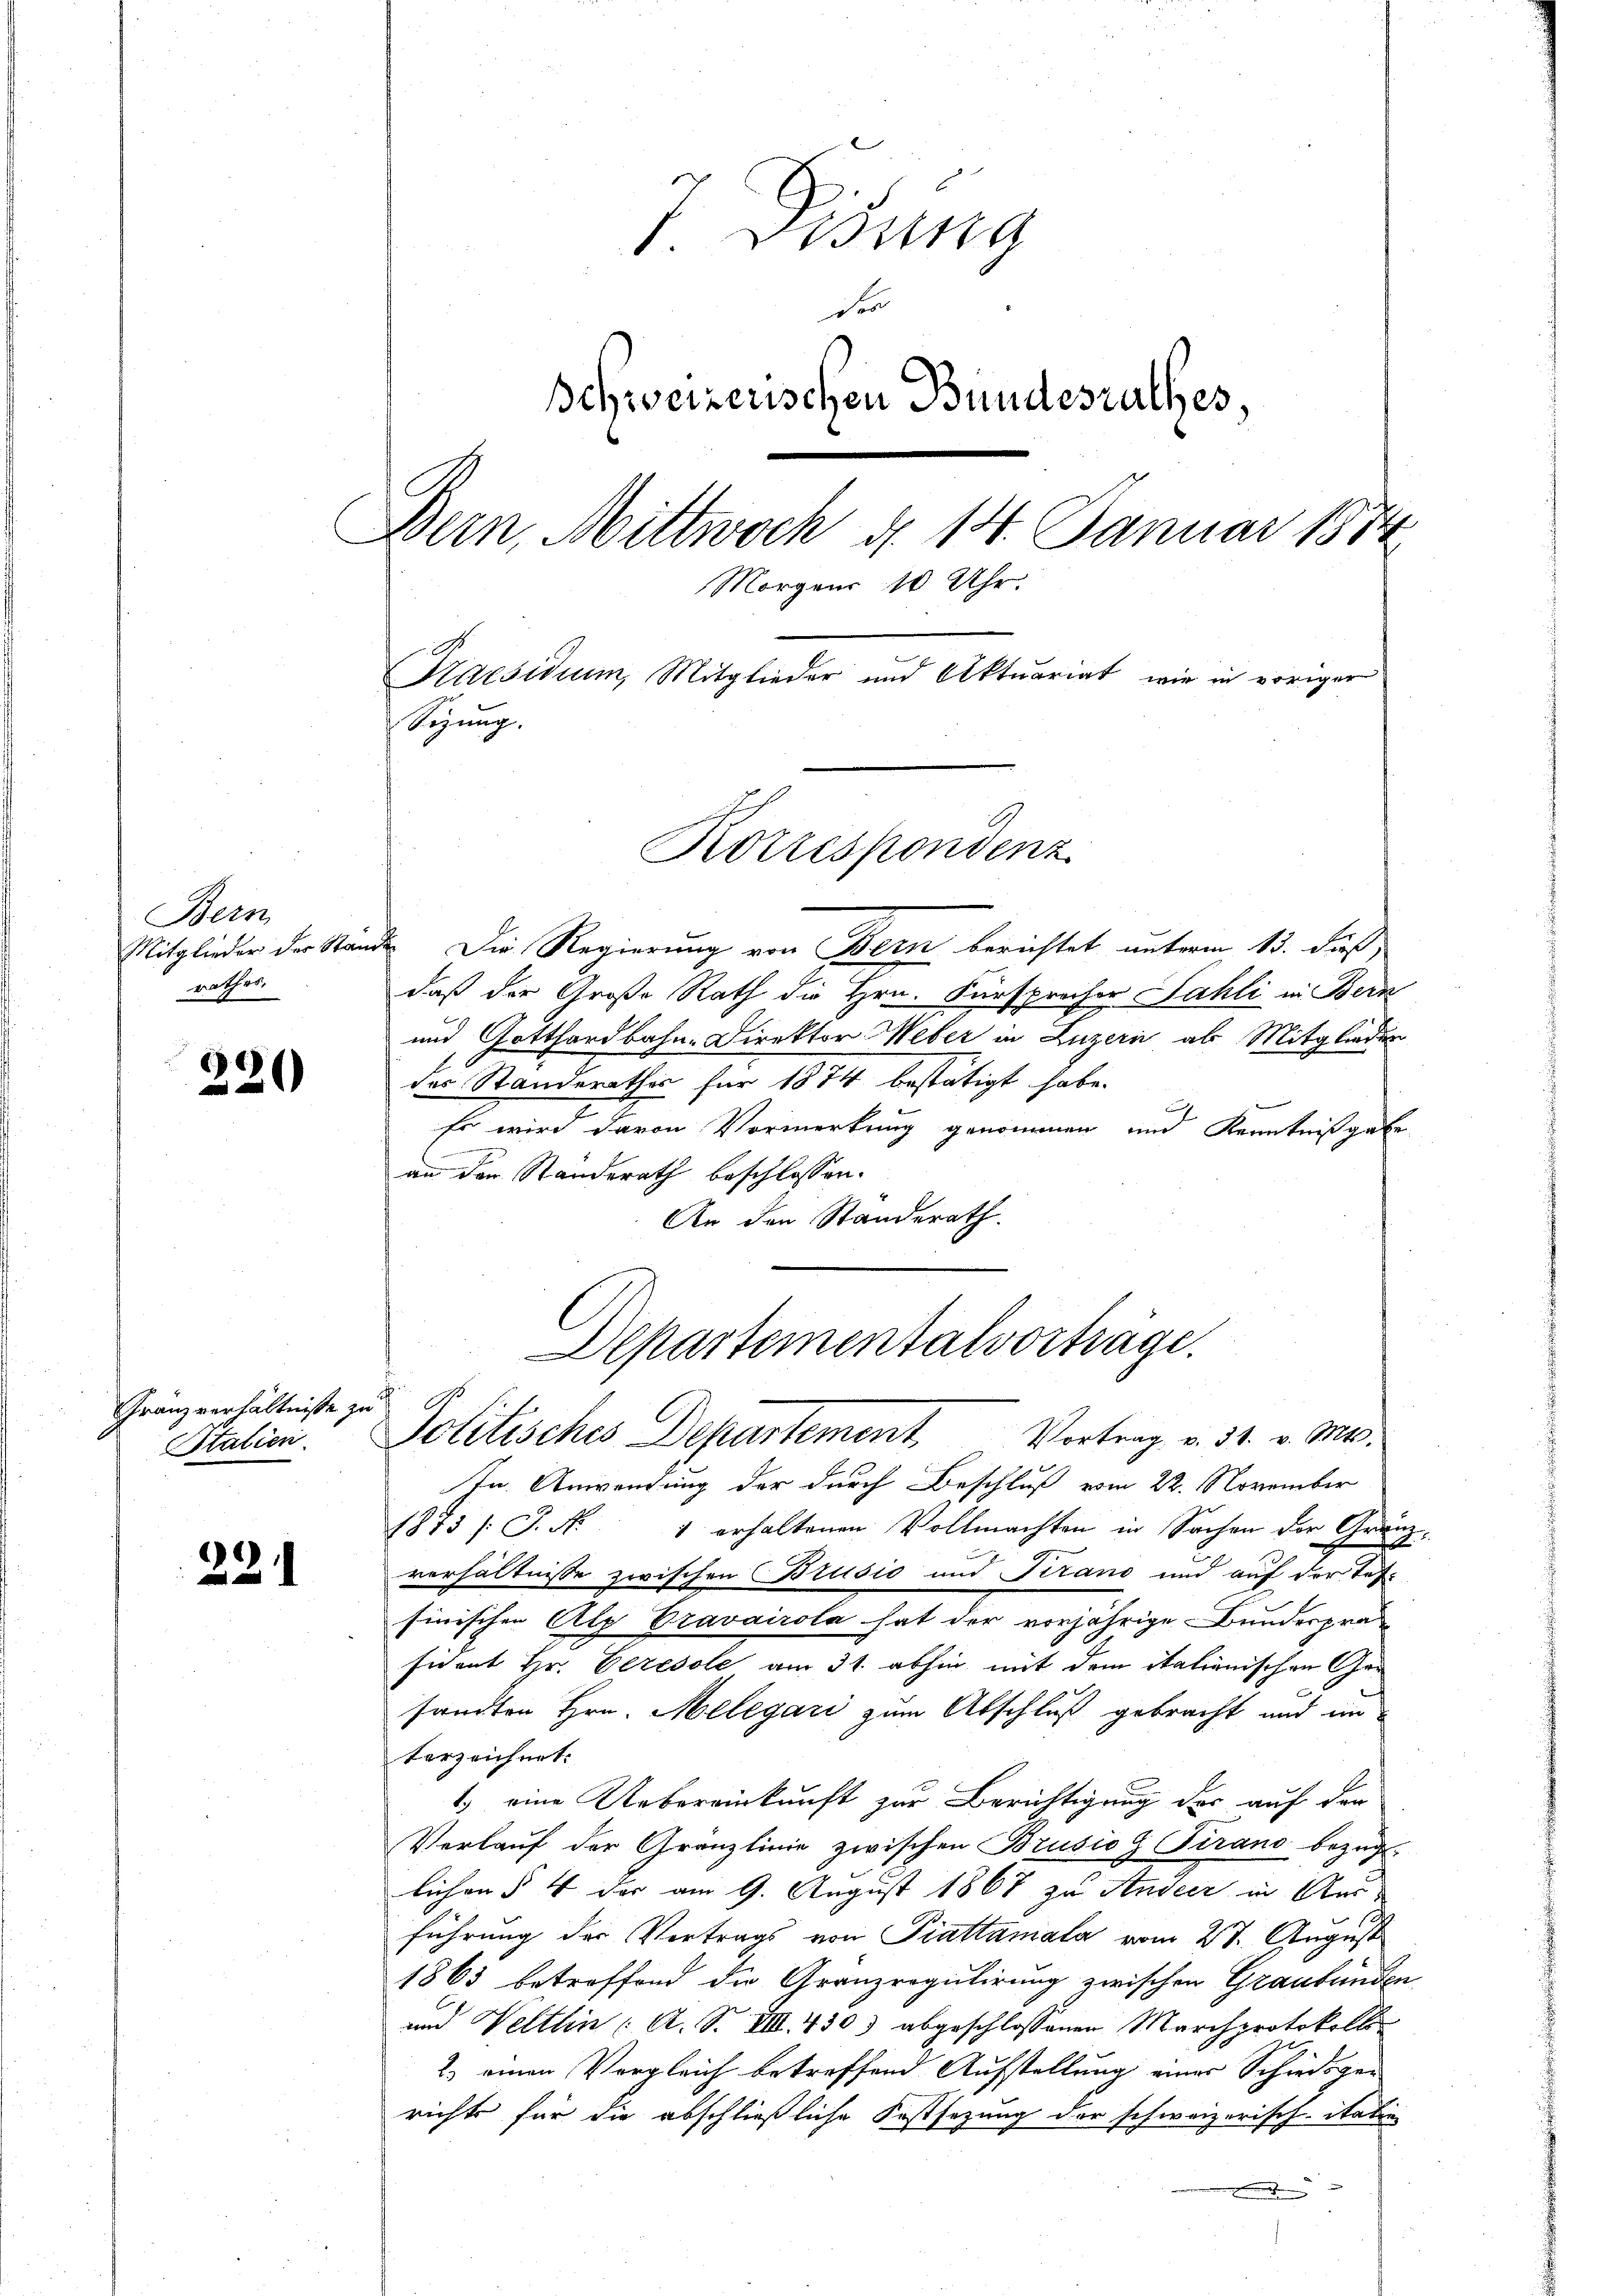
Bern
Mitglieder der Stand
rathes.

220

Franzverhältnisse zu
Stalien.

221

d. Tessing
der
Schweizerischen Bundesrathes,
Bern, Mittwoch d. 14. Januar 1874
Morgens 10 Uhr.
Praesidium, Mitglieder und Aktuariat, wie in voriger
Sizung.

Korrespondenz

2. Die Regierung von Bern berichtet unterm 13. daß,
daß der Große Rath die Hrn. Fürsprocher Fahli in Bern
und Gotthardbahn-Direktor Weber in Luzern als Mitglieden
des Standerathes für 1874 bestätigt habe.
d
Er wird davon Vormerkung genommen und Kenntnißgabe
n
an den Standerath beschlossen.
An den Standerath.

Departementalvorträge.
Politisches Departement. Vortrag v. 31. v. Mts.

In Anwendung der durch Beschluß vom 22. November
1873 /: J. No. 1 erhaltenen Vollmachten in Sachen der Gränz-
verhältnisse zwischen Brusio und Firano und auf der Tefsinischen Alp Cravairola hat der vorjährige Bundesprä
ficant Hr. Veresole am 31. abhin mit dem italienischen Ger
sandten Hrn. Melegari zum Abschluß gebracht und im
terzeichnet.
1) eine Uebereinkunft zur Berichtigung der auf den
Verlauf der Granzlinie zwischen Brusio G Tirano bezug
lichen § 4 der am 9. August 1867 zu Andeer in Aust
führung der Vertrags von Piattamala vom 28. August
1863 betreffend die Granzregulirung zwischen Graubünden
und Veltlin ( A. S. VIII. 430) abgeschlossenen Marchprotokolls
2) einen Vergleich betreffend Aufstellung eines Schiedsgerichts für die abschließliche Festsezung der schweizerisch-itation
e